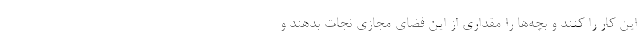
این کار را کنند و بچه‌ها را مقداری از این فضای مجازی نجات بدهند و